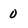
Character: 0